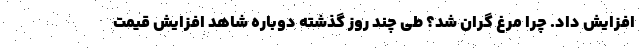
افزایش داد. چرا مرغ گران شد؟ طی چند روز گذشته دوباره شاهد افزایش قیمت